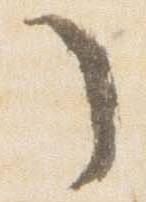
了